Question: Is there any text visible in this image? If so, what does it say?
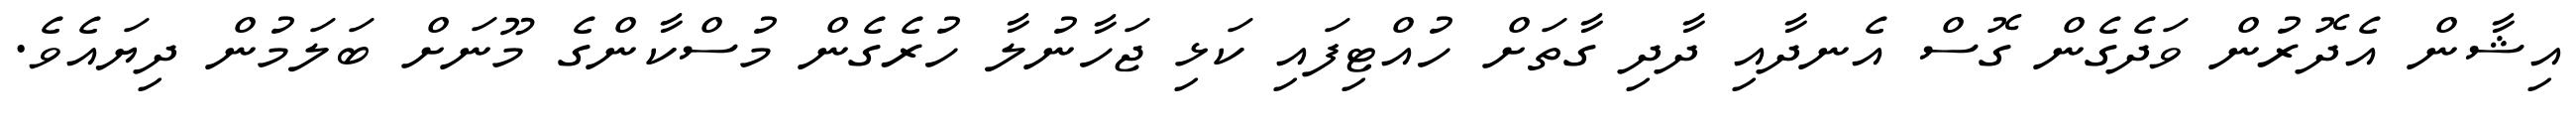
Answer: އިޝާން އެދޮރުން ވަދެގެން ގޮސް އެނދާއި ދާދި ގާތަށް ހުއްޓިފައި ކަޅި ޖަހާނުލާ ހުރެގެން މުސްކާންގެ މޫނަށް ބަލަމުން ދިޔައެވެ.